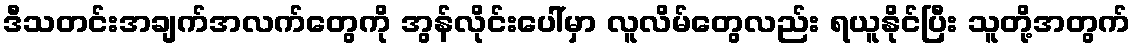
ဒီသတင်းအချက်အလက်တွေကို အွန်လိုင်းပေါ်မှာ လူလိမ်တွေလည်း ရယူနိုင်ပြီး သူတို့အတွက်